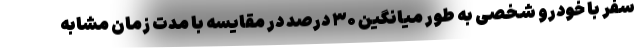
سفر با خودرو شخصی به طور میانگین ۳۰ درصد در مقایسه با مدت زمان مشابه